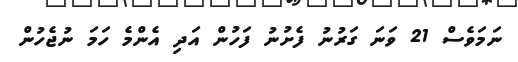
ނަމަވެސް 21 ވަނަ ގަރުނު ފެށުނު ފަހުން އަދި އެންމެ ހަމަ ނުޖެހުން